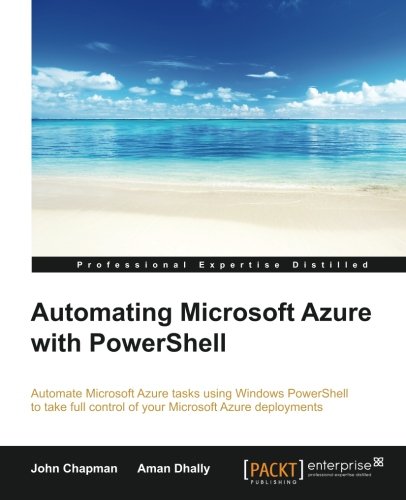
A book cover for Automating Microsoft Azure with Powershell; Aman Dhally; Computers & Technology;